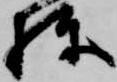
棟